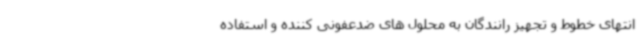
انتهای خطوط و تجهیز رانندگان به محلول های ضدعفونی کننده و استفاده